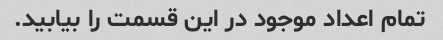
تمام اعداد موجود در این قسمت را بیابید.